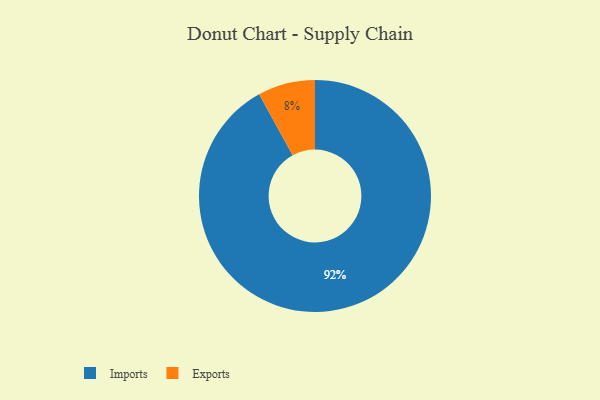
{"axis": {"x": "Category", "y": "Percentage"}, "legend": ["Exports", "Imports"], "data": [{"x": "Exports", "y": 8, "type": "Exports"}, {"x": "Imports", "y": 92, "type": "Imports"}]}